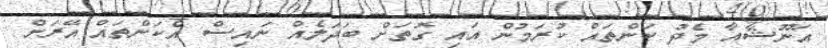
އަނޫޝާއާ މެދު ކަންތައް ކުރަމުން އައި ގޮތަށް ބަދަލެއް ނައިސް އެކަންތައް އޭރަށް